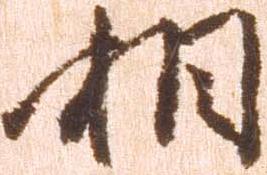
相